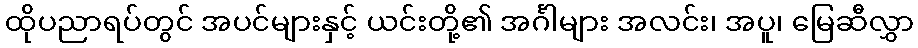
ထိုပညာရပ်တွင် အပင်များနှင့် ယင်းတို့၏ အင်္ဂါများ အလင်း၊ အပူ၊ မြေဆီလွှာ